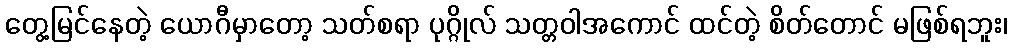
တွေ့မြင်နေတဲ့ ယောဂီမှာတော့ သတ်စရာ ပုဂ္ဂိုလ် သတ္တဝါအကောင် ထင်တဲ့ စိတ်တောင် မဖြစ်ရဘူး၊